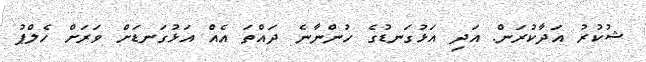
ޝުކުރު އަދާކުރަން. އަދި އަޅުގަނޑުގެ ހުންނާނެ ދައްތަ އެއް އަޅުގަނޑަށް ވަރަށް ހެލްޕު